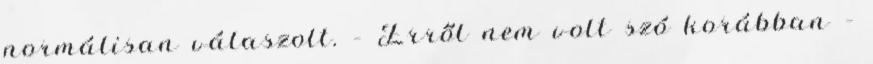
normálisan válaszolt. – Erről nem volt szó korábban –